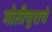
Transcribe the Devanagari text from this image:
मोतीचुराचे